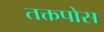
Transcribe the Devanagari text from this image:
तक्तपोस